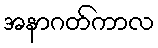
အနာဂတ်ကာလ